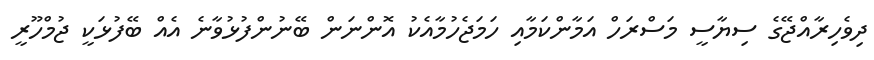
ދިވެހިރާއްޖޭގެ ސިޔާސީ މަސްރަހް އަމާންކަމާއި ހަމަޖެހުމާއެކު އޮންނަން ބޭނުންފުޅުވާނެ އެއް ބޭފުޅަކީ ޖުމްހޫރީ